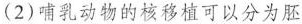
(2)哺乳动物的核移植可以分为胚